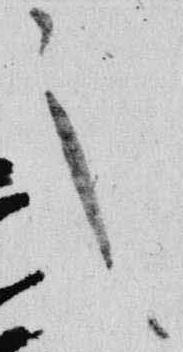
々